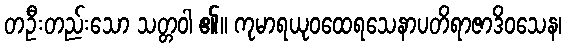
တဦးတည်းသော သတ္တဝါ ၏။ ကုမာရယုဝထေရသေနာပတိရာဇာဒိဝသေန၊